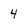
Character: 4